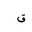
Letter: _qaf